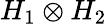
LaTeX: H_{1}\otimes H_{2}